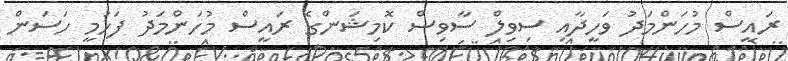
ރައީސް މުހަންމަދު ވަހީދާއި ސިވިލް ސާވިސް ކޮމިޝަންގެ ރައީސް މުހަންމަދު ފަހުމީ ހަސަން